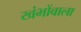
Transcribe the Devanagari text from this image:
खंभोंवाला